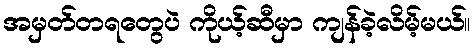
အမှတ်တရတွေပဲ ကိုယ့်ဆီမှာ ကျန်ခဲ့လိမ့်မယ်။